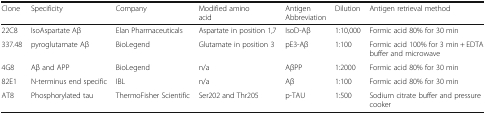
<table><thead><tr><td><b>Clone</b></td><td><b>Specificity</b></td><td><b>Company</b></td><td><b>Modified amino acid</b></td><td><b>Antigen Abbreviation</b></td><td><b>Dilution</b></td><td><b>Antigen retrieval method</b></td></tr></thead><tbody><tr><td>22C8</td><td>IsoAspartate Aβ</td><td>Elan Pharmaceuticals</td><td>Aspartate in position 1,7</td><td>IsoD-Aβ</td><td>1:10,000</td><td>Formic acid 80% for 30 min</td></tr><tr><td>337.48</td><td>pyroglutamate Aβ</td><td>BioLegend</td><td>Glutamate in position 3</td><td>pE3-Aβ</td><td>1:100</td><td>Formic acid 100% for 3 min + EDTA buffer and microwave</td></tr><tr><td>4G8</td><td>Aβ and APP</td><td>BioLegend</td><td>n/a</td><td>AβPP</td><td>1:2000</td><td>Formic acid 80% for 30 min</td></tr><tr><td>82E1</td><td>N-terminus end specific</td><td>IBL</td><td>n/a</td><td>Aβ</td><td>1:100</td><td>Formic acid 80% for 30 min</td></tr><tr><td>AT8</td><td>Phosphorylated tau</td><td>ThermoFisher Scientific</td><td>Ser202 and Thr205</td><td>p-TAU</td><td>1:500</td><td>Sodium citrate buffer and pressure cooker</td></tr></tbody></table>